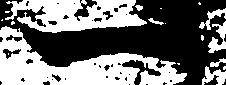
一